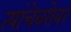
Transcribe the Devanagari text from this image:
त्यांचेबरोबर